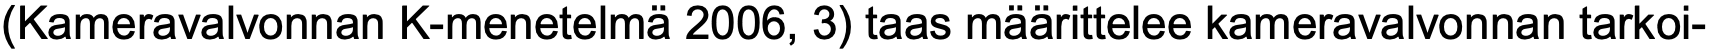
(Kameravalvonnan K-menetelmä 2006, 3) taas määrittelee kameravalvonnan tarkoi-